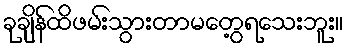
ခုချိန်ထိဖမ်းသွားတာမတွေ့ရသေးဘူး။